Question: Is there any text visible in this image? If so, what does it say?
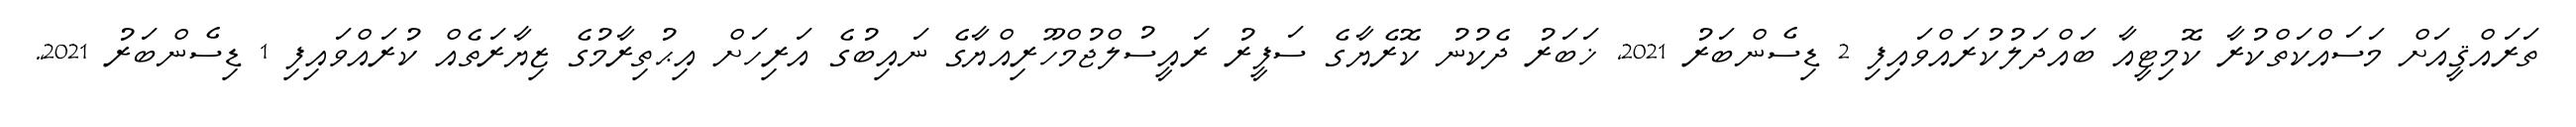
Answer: ތަރައްޤީއަށް މަސައްކަތްކުރާ ކޮމިޓީއާ ބައްދަލުކުރައްވައިފި 2 ޑިސެންބަރު 2021, ޚަބަރު ދެކުނު ކޮރެޔާގެ ސަފީރު ރައީސުލްޖުމްހޫރިއްޔާގެ ނައިބުގެ އަރިހަށް އިޙުތިރާމުގެ ޒިޔާރަތެއް ކުރައްވައިފި 1 ޑިސެންބަރު 2021,.